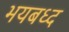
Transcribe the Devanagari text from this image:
भयबध्द